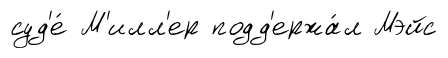
суд'е́ М'илл'ер подд'ержа́л Мэйс